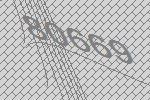
80669